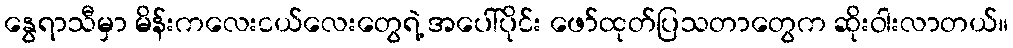
နွေရာသီမှာ မိန်းကလေးငယ်လေးတွေရဲ့ အပေါ်ပိုင်း ဖော်ထုတ်ပြသတာတွေက ဆိုးဝါးလာတယ်။